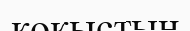
қоқыстың